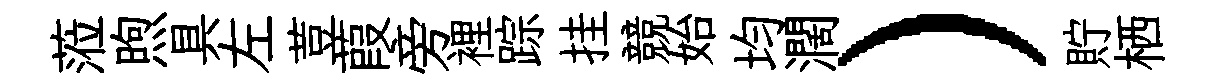
蒞煦具左荳葭旁裡踪挂競始均濶）貯栖